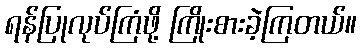
ရန်ပြုလုပ်ကြံဖို့ ကြိုးစားခဲ့ကြတယ်။